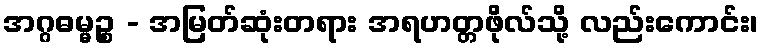
အဂ္ဂဓမ္မဉ္စ - အမြတ်ဆုံးတရား အရဟတ္တဖိုလ်သို့ လည်းကောင်း၊